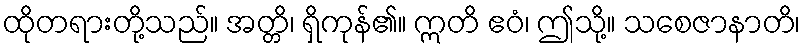
ထိုတရားတို့သည်။ အတ္တိ၊ ရှိကုန်၏။ ဣတိ ဧဝံ၊ ဤသို့။ သစေဇာနာတိ၊